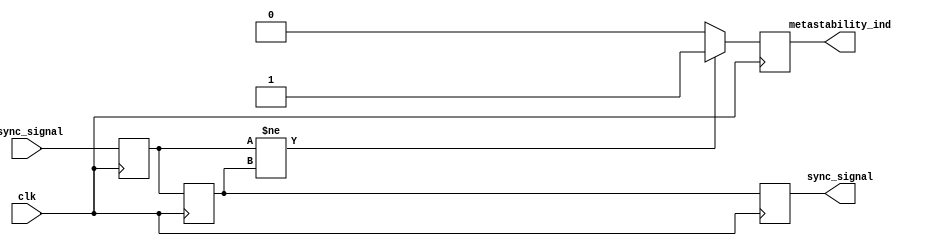
module metastability_detector (
    input wire clk,               // Clock signal
    input wire async_signal,      // Asynchronous input signal
    output reg metastability_ind,  // Metastability indicator output
    output reg sync_signal        // Synchronized output signal
);

    // Internal signals for the flip-flops
    reg ff1_out, ff2_out;

    // First flip-flop to sample the asynchronous input signal
    always @(posedge clk) begin
        ff1_out <= async_signal; // Sample the asynchronous signal
    end

    // Second flip-flop to sample the output of the first flip-flop
    always @(posedge clk) begin
        ff2_out <= ff1_out; // Sample the output of the first flip-flop
    end

    // Output logic to detect metastability
    always @(posedge clk) begin
        // Update the synchronized output signal
        sync_signal <= ff2_out;

        // Metastability detection logic
        if (ff1_out != ff2_out) begin
            metastability_ind <= 1'b1; // Metastability detected
        end else begin
            metastability_ind <= 1'b0; // No metastability
        end
    end

endmodule